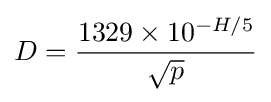
D={\frac {1329\times 10^{-H/5}}{\sqrt {p}}}